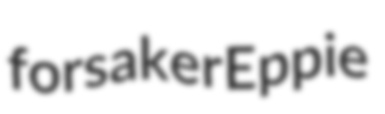
forsaker Eppie